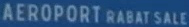
AEROPORTRABATSALE